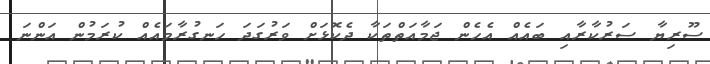
ސޫރިޔާ ސަރުކާރާއި ބައެއް އެހެން ޖަމާއަތްތަކާ ދެކޮޅަށް ވަރުގަދަ ހަނގުރާމައެއް ކުރަމުން އަންނަ